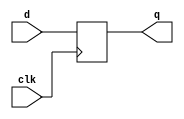
module syncbad(input      clk, 
              input      d, 
              output reg q);

  reg n1;

  // This is a bad implementation 
  // using blocking assignment

  always @(posedge clk)
    begin
      n1 = d; // blocking
      q = n1; // blocking
    end
endmodule